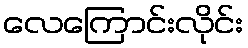
လေကြောင်းလိုင်း